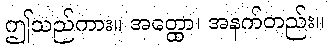
ဤသည်ကား။ အတ္ထော၊ အနက်တည်း။